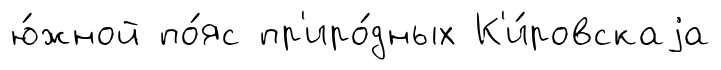
ю́жной по́яс пр'иро́дных К'и́ровскаjа